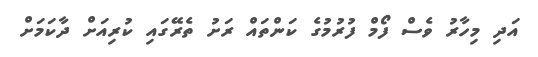
އަދި މިހާރު ވެސް ފޯމް ފުރުމުގެ ކަންތައް ރަށު ތެރޭގައި ކުރިއަށް ދާކަމަށް